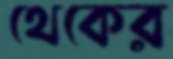
থেকের